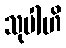
သုပါဟိ